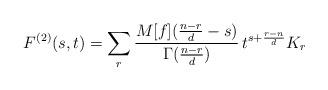
LaTeX: \begin{align*}F^{(2)}(s,t)=\sum_{r}\frac{M[f](\frac{n-r}{d}-s)}{\Gamma(\frac{n-r}{d})}\, t^{s+\frac{r-n}{d}}K_r\end{align*}